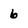
Character: 6